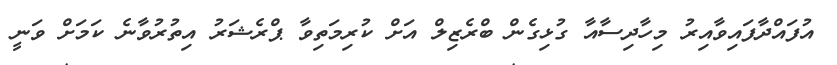
އުފައްދާފައިވާއިރު މިހާދިސާއާ ގުޅިގެން ބްރެޒިލް އަށް ކުރިމަތިވާ ޕްރެޝަރު އިތުރުވާނެ ކަމަށް ވަނީ